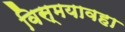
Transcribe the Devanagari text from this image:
विस्मयावहा